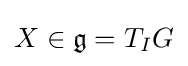
X\in {\mathfrak {g}}=T_{I}G